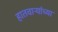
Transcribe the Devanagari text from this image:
हातवाऱ्यांच्या